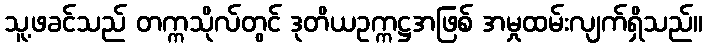
သူ့ဖခင်သည် တက္ကသိုလ်တွင် ဒုတိယဥက္ကဋ္ဌအဖြစ် အမှုထမ်းလျက်ရှိသည်။